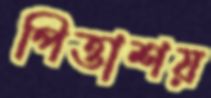
পিত্তাশয়